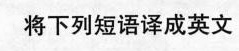
将下列短语译成英文